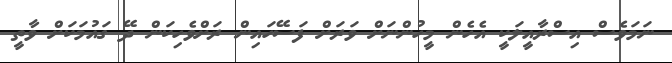
ނަމަވެސް އިސްރާއީލަކީ އެހެން މީހުންނަށް ވަރަށް ފަސޭހައިން ރަށްވެހިކަން ދޭ ގައުމަކަށް ވާތީ